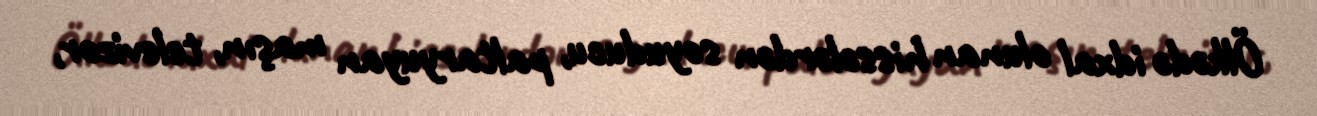
Ölkədə idxal olunan hissələrdən soyuducu, paltaryuyan maşın, televizor,